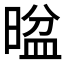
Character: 𱢖